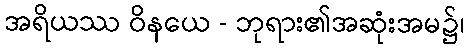
အရိယဿ ဝိနယေ - ဘုရား၏အဆုံးအမ၌၊